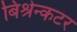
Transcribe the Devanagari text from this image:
बिश्रेन्कटर